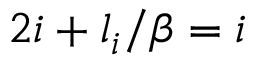
2 i + l _ { i } / \beta = i